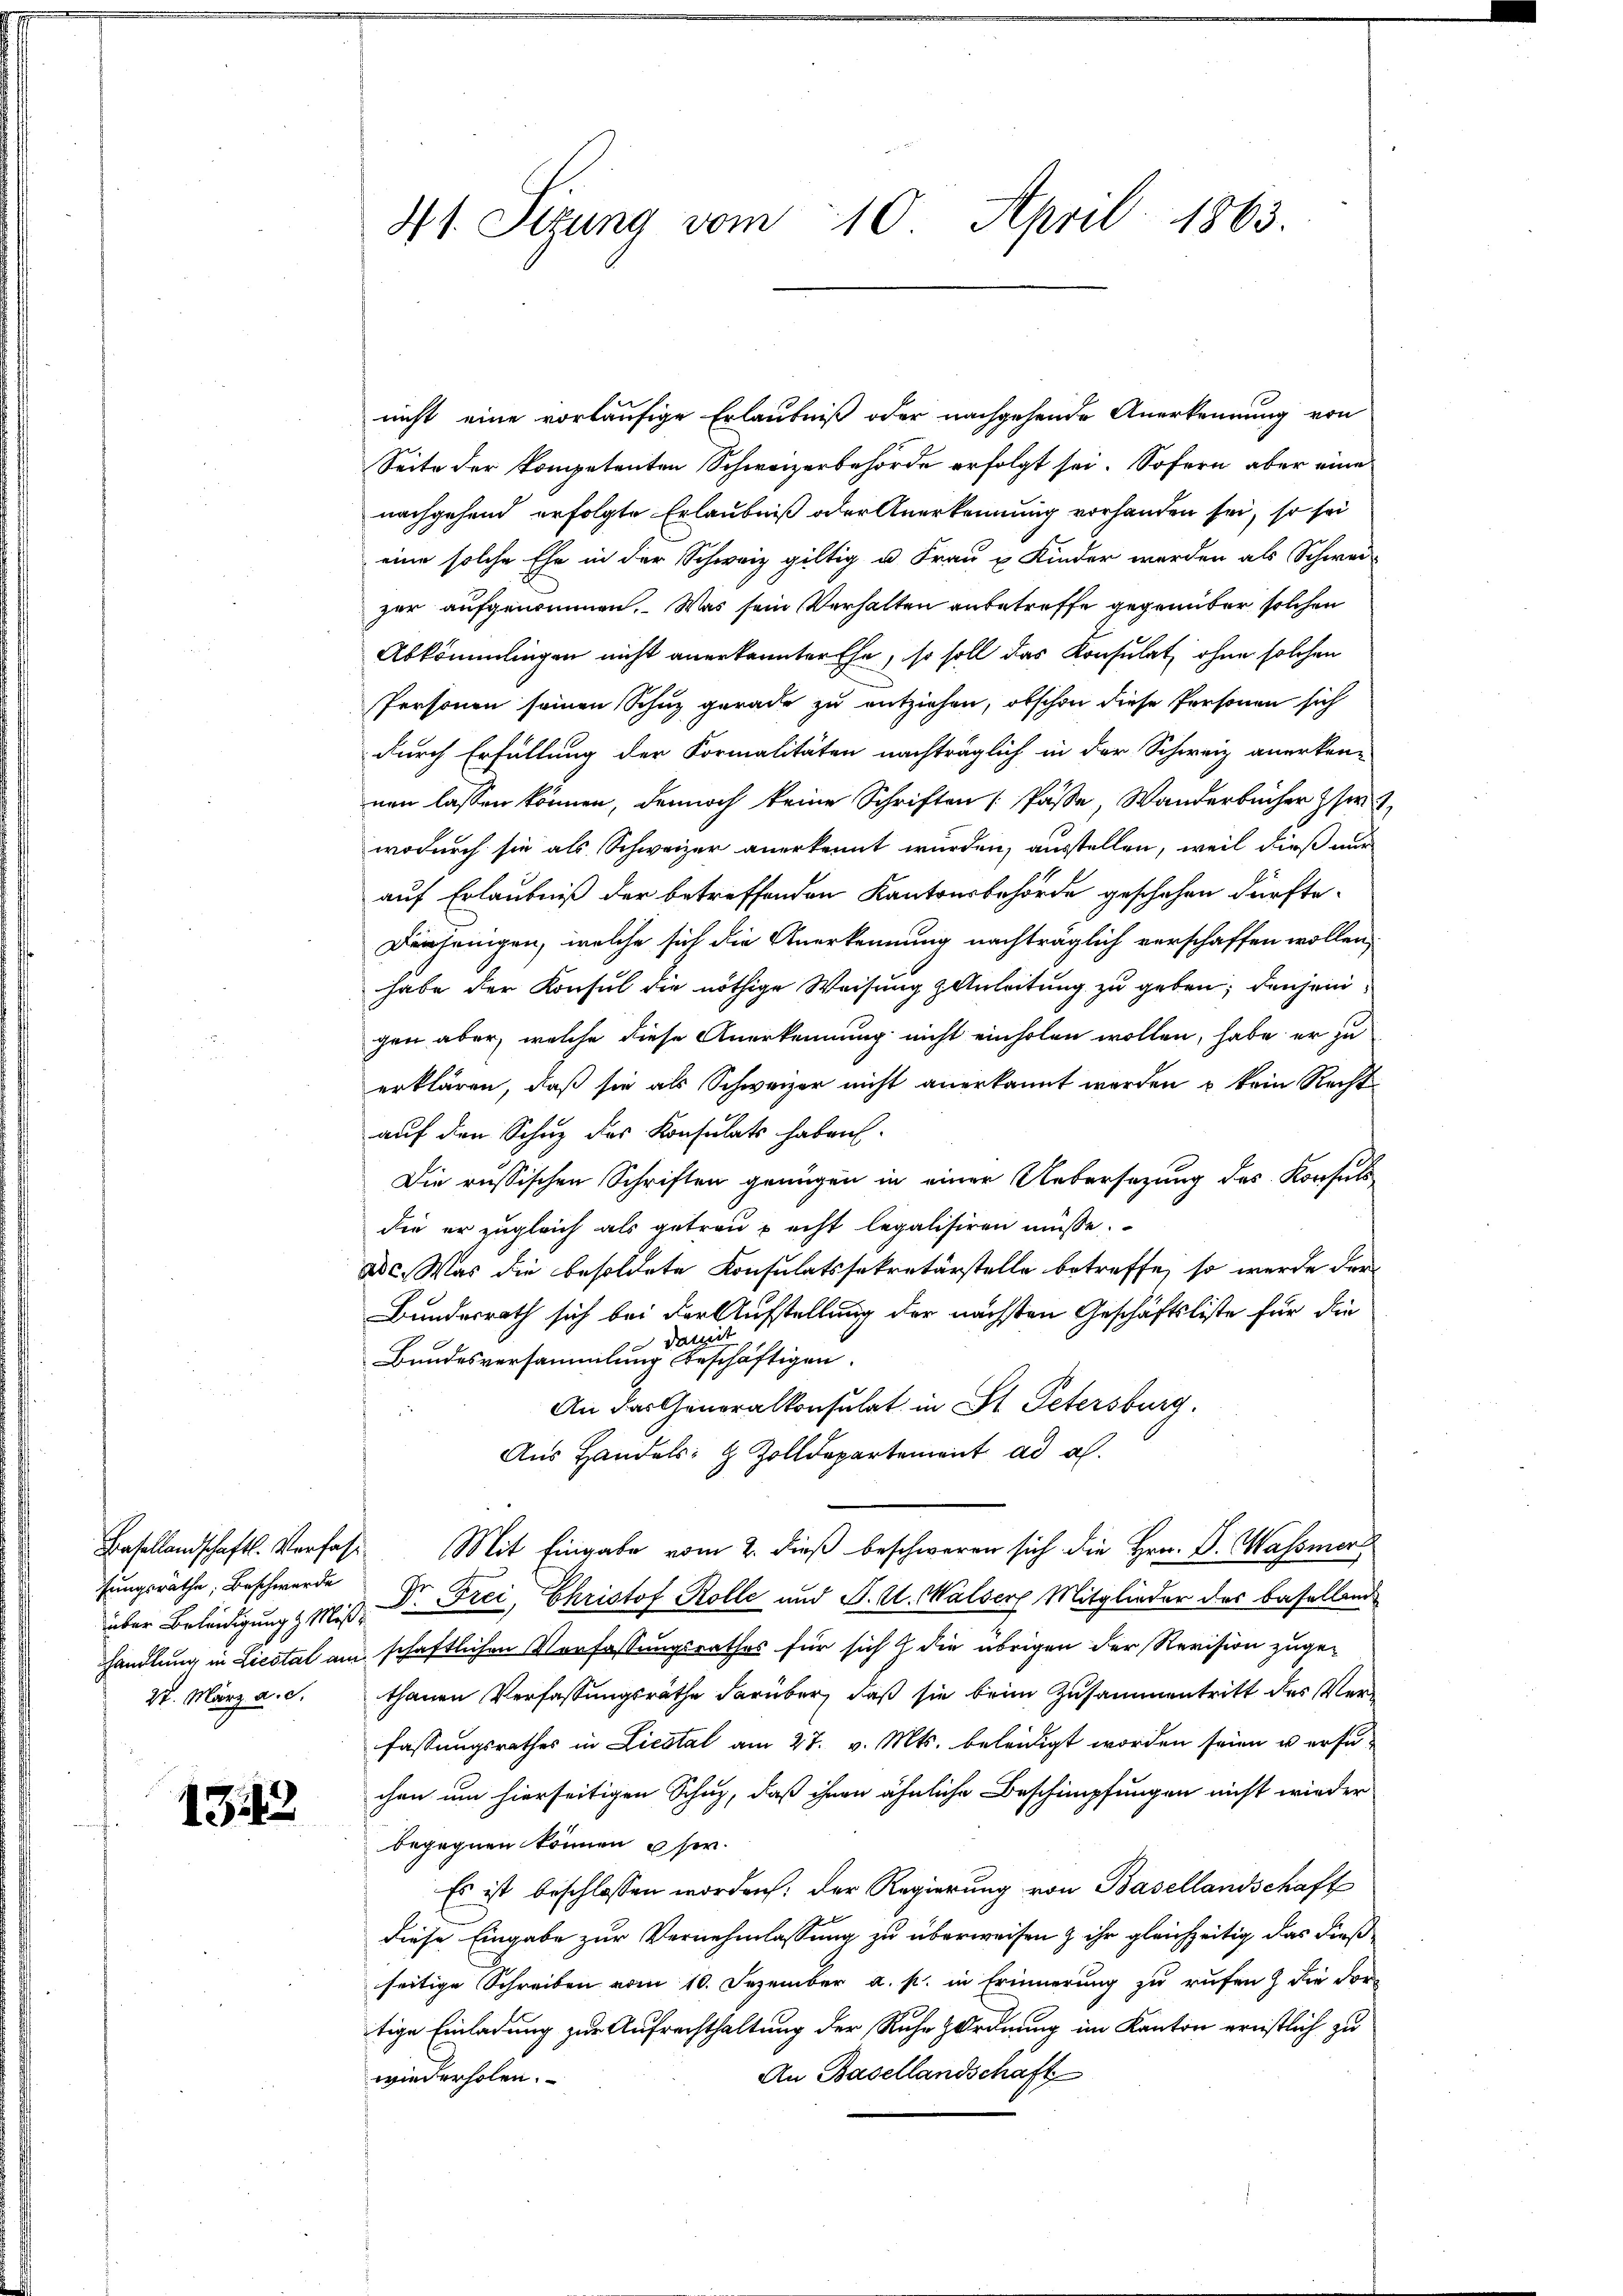
Basellandschaftl. Verfass
fungsräthe, Beschwerde
über Beleidigung & Mißhandlung in Liestal am
27. März a. c.

1313

41. Sizung vom 10. April 1863.

nicht eine vorläufige Erlaubniß oder nachgehende Anerkennung von
Seite der kompetenten Schweizerbehörde erfolgt sei. Sofern aber eine
nachgehend erfolgte Erlaubniß oder Anerkennung vorhanden sei, so sei
eine solche Ehe in der Schweiz giltig u. Frau u Kinder werden als Schwei
zer aufgenommen. Was sein Verhalten anbetreffe gegenüber solchen
Abkömmlingen nicht anerkannter Ehe, so soll das Konsulat ohne solchen
Personen seinen Schuz gerade zu entziehen, obschon diese Personen sich
durch Erfüllung der Formalitäten nachträglich in der Schweiz anerken-
nen lassen können, dennoch keine Schriften (Pässe, Wanderbücher si
wodurch sie als Schweizer anerkennt wurden, ausstellen, weil dieß nur
auf Erlaubniß der betreffenden Kantonsbehörde geschehen dürfte.
Dürcheingen, welche sich die Anerkennung nachträglich verschaffen wollen,
habe der Konsul die nöthige Weisung & Anleitung zu geben; denjenigen aber, welche diese Anerkennung nicht einholen wollen, habe er zu
erklären, daß sie als Schweizer nicht anerkannt werden u kein Recht
auf den Schuz des Konsulats haben.
Die russischen Schriften genügen in einer Uebersatzung des Konsuls
die er zugleich als getrau recht legalisiren müsse.
ade. Was die besoldete Konsulatssekretärstelle betreffe, so werde der
Bundesrath sich bei der Aufstellung der nächsten Geschäftsliste für die
darmit
Bundesversammlung beschäftigen.
An das Generalkonsulat in St. Petersburg.
Aus Handels- & Zolldepartement ad a.
Mit Eingabe vom 2. dieß beschweren sich die Hrn. D. Wassier
Dr Frei, Christof Rolle und F. W. Walser Mitglieder des Baselland
schaftlichen Vorfassungsrathes für sich & die übrigen der Revision zuge-
thanen Verfassungsräthe darüber, daß sie beim Zusammentritt des Verfassungsrathes in Liestal am 27. v. Mts. beleidigt worden seien u ersuchen um hierseitigen Schuz, daß ihnen ähnliche Beschimpfungen nicht wieder
begegnen können ser
Es ist beschlossen worden: der Regierung von Basellandschaft
diese Eingabe zur Vernehmlassung zu überweisen & ihr gleichzeitig das dießseitige Schreiben vom 10. Dezember a. p. in Erinnerung zu rufen) die dortige Einladung zur Aufrechthaltung der Ruhe zordnung im Kanton ernstlich zu
An Basellandschaft
wiederholen.